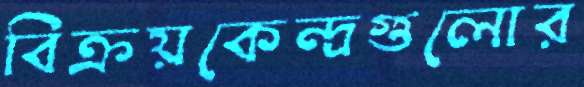
বিক্রয়কেন্দ্রগুলোর